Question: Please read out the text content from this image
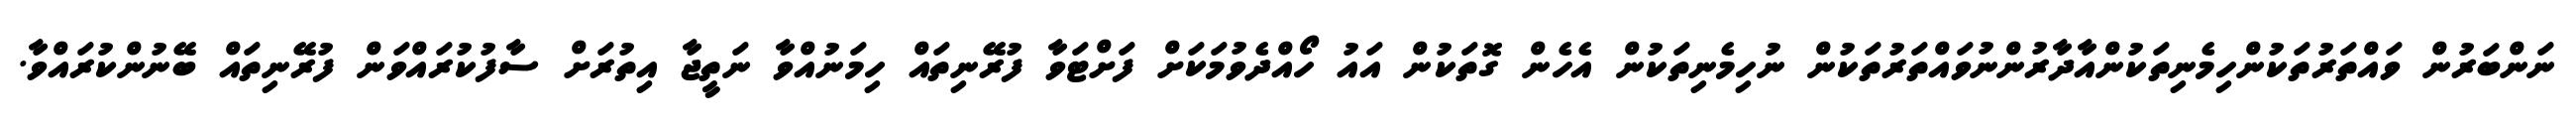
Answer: ނަންބަރުން ވައްތަރުތަކުންހިމެނިތަކުންއާދާރުންނުވައްތަރުތަކުން ނުހިމެނިތަކުން އެހެން ގޮތަކުން އައު ހޯއްދެވުމަކަށް ފަށްޓަވާ ފުރޭނިތައް ހިމަނުއްވާ ނަތީޖާ އިތުރަށް ސާފުކުރައްވަން ފުރޭނިތައް ބޭނުންކުރައްވާ.